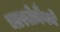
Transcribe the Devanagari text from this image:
चारलेमैगने